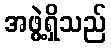
အဖွဲ့ရှိသည်